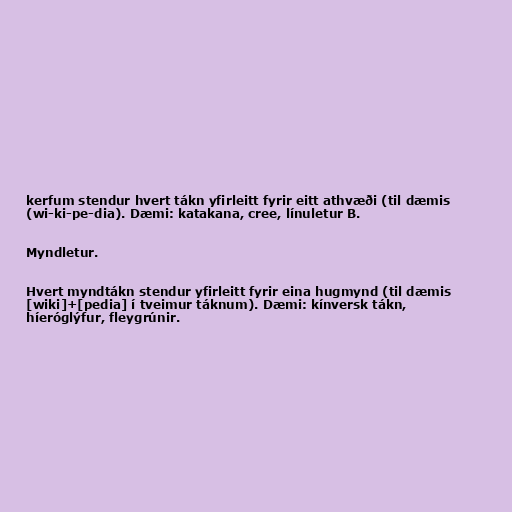
kerfum stendur hvert tákn yfirleitt fyrir eitt athvæði (til dæmis
(wi-ki-pe-dia). Dæmi: katakana, cree, línuletur B.

Myndletur.

Hvert myndtákn stendur yfirleitt fyrir eina hugmynd (til dæmis
[wiki]+[pedia] í tveimur táknum). Dæmi: kínversk tákn,
híeróglýfur, fleygrúnir.